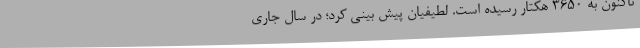
تاکنون به ۳۶۵۰ هکتار رسیده است. لطیفیان پیش بینی کرد؛ در سال جاری